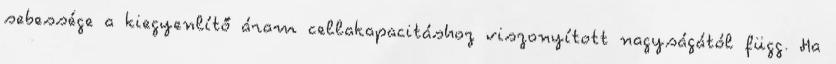
sebessége a kiegyenlítő áram cellakapacitáshoz viszonyított nagyságától függ. Ha